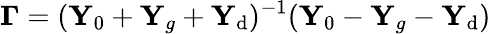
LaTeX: {\mathbf\Gamma}=({\mathbf Y}_{0}+{\mathbf Y}_{g}+{\mathbf Y}_{\mathrm{d}})^{-1}({\mathbf Y}_{0}-{\mathbf Y}_{g}-{\mathbf Y}_{\mathrm{d}})